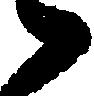
々